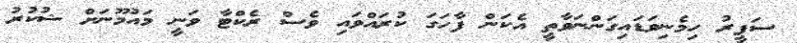
ސަފީރު ހިމެނިވަޑައިގަންނަވާތީ އެކަން ފާހަގަ ކުރައްވައި ވެސް ރެކްޓާ ވަނީ މައުމޫނަށް ޝުކުރު